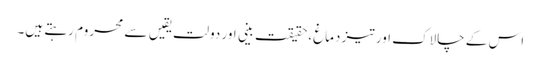
اس کے چالاک اور تیز دماغ،حقیقت بینی اور دولت یقیں سے محروم رہتے ہیں۔